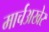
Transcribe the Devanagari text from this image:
मार्चअखेर